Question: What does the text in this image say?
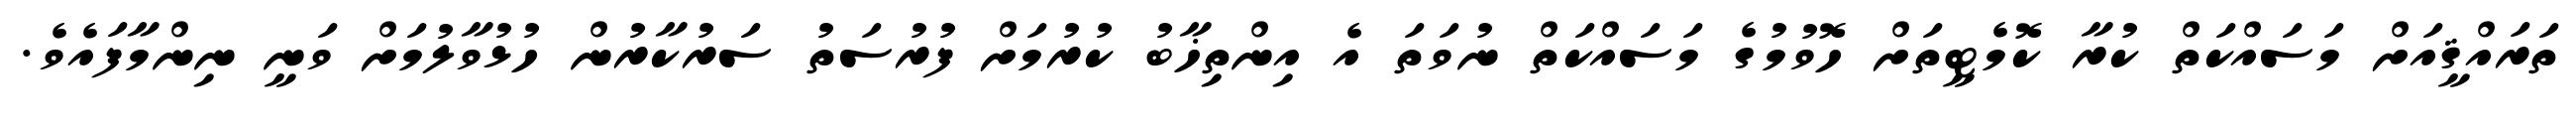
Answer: ތަރައްޤީއަށް މަސައްކަތް ކުރާ ކޮމެޓީތަށް ހޮވުމުގެ މަސައްކަތް ނުވަތަ އެ އިންތިޚާބު ކުރުމަށް ފުރުސަތު ސަރުކާރުން ހުޅުވާލުމަށް ވަނީ ނިންމާފައެވެ.